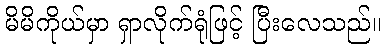
မိမိကိုယ်မှာ ရှာလိုက်ရုံဖြင့် ပြီးလေသည်။